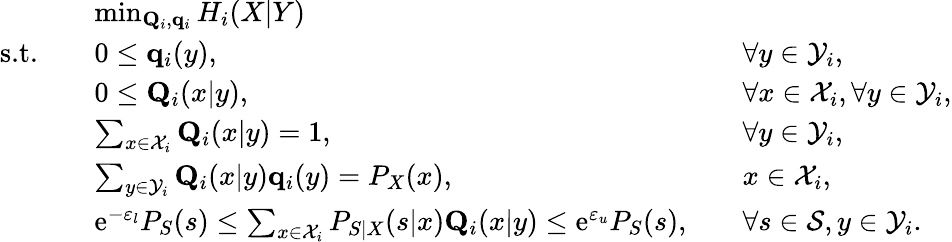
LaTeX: \begin{array}{rlrl}&{\operatorname*{min}_{\mathbf{Q}_{i},\mathbf{q}_{i}}H_{i}(X|Y)}\\ {\textrm{s.t.}\quad}&{0\leq\mathbf{q}_{i}(y),}&&{\forall y\in\mathcal{Y}_{i},}\\ &{0\leq\mathbf{Q}_{i}(x|y),}&&{\forall x\in\mathcal{X}_{i},\forall y\in\mathcal{Y}_{i},}\\ &{\sum_{x\in\mathcal{X}_{i}}\mathbf{Q}_{i}(x|y)=1,}&&{\forall y\in\mathcal{Y}_{i},}\\ &{\sum_{y\in\mathcal{Y}_{i}}\mathbf{Q}_{i}(x|y)\mathbf{q}_{i}(y)=P_{X}(x),}&&{x\in\mathcal{X}_{i},}\\ &{\mathrm{e}^{-\varepsilon_{l}}{P_{S}(s)}\leq\sum_{x\in\mathcal{X}_{i}}P_{S|X}(s|x)\mathbf{Q}_{i}(x|y)\leq\mathrm{e}^{\varepsilon_{u}}P_{S}(s),}&&{\forall s\in\mathcal{S},y\in\mathcal{Y}_{i}.}\end{array}